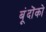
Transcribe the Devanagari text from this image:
बूंदोंको